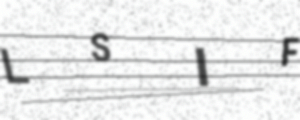
Text: LSIF